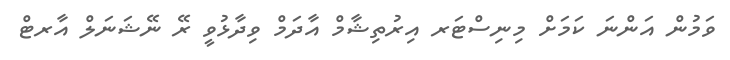
ވަމުން އަންނަ ކަމަށް މިނިސްޓަރ އިރުތިޝާމް އާދަމް ވިދާޅުވީ ރޭ ނޭޝަނަލް އާރޓް